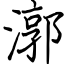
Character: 漷